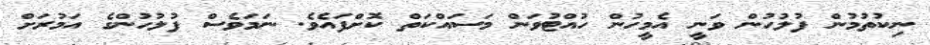
ނިކުތުމުން ފުލުހުން ވަނީ އެމީހުން ހުއްޓުވަން މަސައްކަތް ކޮށްފައެވެ. ނަމަވެސް ފުލުހުންގެ އަމުރަށް